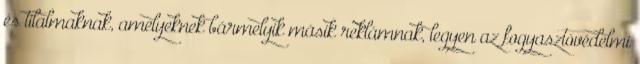
és tilalmaknak, amelyeknek bármelyik másik reklámnak, legyen az fogyasztóvédelmi